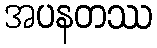
အပနတဿ